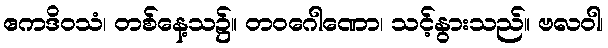
ဧကဒိဝသံ၊ တစ်နေ့သ၌။ တဝဂေါဏော၊ သင့်နွားသည်။ ဗလဝါ၊